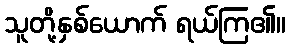
သူတို့နှစ်ယောက် ရယ်ကြ၏။